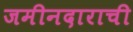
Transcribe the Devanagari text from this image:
जमीनदाराची